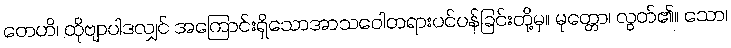
တေဟိ၊ ထိုဗျာပါဒလျှင် အကြောင်းရှိသောအာသဝေါတရားပင်ပန်ခြင်းတို့မှ။ မုတ္တော၊ လွတ်၏။ သော၊